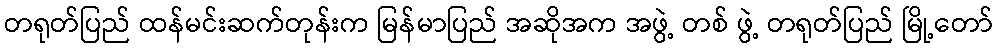
တရုတ်ပြည် ထန်မင်းဆက်တုန်းက မြန်မာပြည် အဆိုအက အဖွဲ့ တစ် ဖွဲ့ တရုတ်ပြည် မြို့တော်